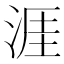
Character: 涯